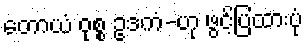
တောယံ ဝုစ္စ ဥဒကံ-ဟု ဖွင့်ပြထားပုံ